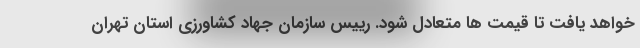
خواهد یافت تا قیمت ها متعادل شود. رییس سازمان جهاد کشاورزی استان تهران